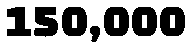
150,000